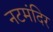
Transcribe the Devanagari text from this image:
नटमंदिर